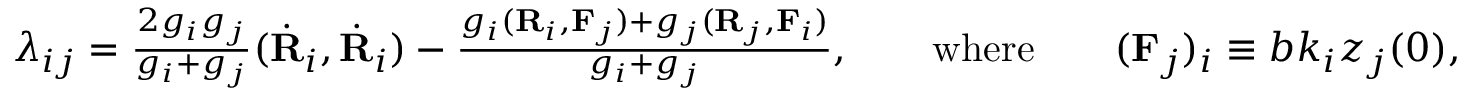
\begin{array} { r } { \lambda _ { i j } = \frac { 2 g _ { i } g _ { j } } { g _ { i } + g _ { j } } ( \dot { \bf R } _ { i } , \dot { \bf R } _ { i } ) - \frac { g _ { i } ( { \bf R } _ { i } , { \bf F } _ { j } ) + g _ { j } ( { \bf R } _ { j } , { \bf F } _ { i } ) } { g _ { i } + g _ { j } } , \qquad \mathrm { w h e r e } \qquad ( { \bf F } _ { j } ) _ { i } \equiv b k _ { i } z _ { j } ( 0 ) , } \end{array}